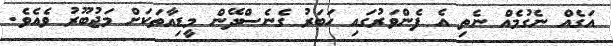
އަގެއް ނެގުމެއް ނެތި އެ ފެންވަރުގައި ހަބަރު ގެނެސްދޭން މީޑިއާތަކަށް މަޖުބޫރު ވެއެވެ.